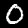
Digit: 0